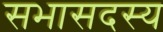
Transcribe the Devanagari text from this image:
सभासदस्य